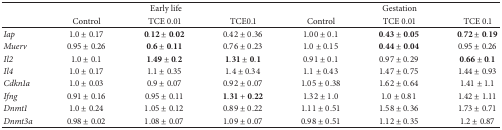
|  | <COLSPAN=3> Early life | <COLSPAN=3> Gestation |
 |  | Control | TCE 0.01 | TCE0.1 | Control | TCE 0.01 | TCE 0.1 |
 | --- | --- | --- | --- | --- | --- | --- |
 | Iap | 1.0 ± 0.17 | 0.12 ± 0.02 | 0.42 ± 0.36 | 1.00 ± 0.1 | 0.43 ± 0.05 | 0.72 ± 0.19 |
 | Muerv | 0.95 ± 0.26 | 0.6 ± 0.11 | 0.76 ± 0.23 | 1.0 ± 0.15 | 0.44 ± 0.04 | 0.95 ± 0.26 |
 | Il2 | 1.0 ± 0.1 | 1.49 ± 0.2 | 1.31 ± 0.1 | 0.91 ± 0.1 | 0.97 ± 0.29 | 0.66 ± 0.1 |
 | Il4 | 1.0 ± 0.17 | 1.1 ± 0.35 | 1.4 ± 0.34 | 1.1 ± 0.43 | 1.47 ± 0.75 | 1.44 ± 0.93 |
 | Cdkn1a | 1.0 ± 0.03 | 0.9 ± 0.07 | 0.92 ± 0.07 | 1.05 ± 0.38 | 1.62 ± 0.64 | 1.41 ± 1.1 |
 | Ifng | 0.91 ± 0.16 | 0.95 ± 0.11 | 1.31 + 0.22 | 1.32 ± 1.0 | 1.0 ± 0.81 | 1.42 ± 1.11 |
 | Dnmt1 | 1.0 ± 0.24 | 1.05 ± 0.12 | 0.89 ± 0.22 | 1.11 ± 0.51 | 1.58 ± 0.36 | 1.73 ± 0.71 |
 | Dnmt3a | 0.98 ± 0.02 | 1.08 ± 0.07 | 1.09 ± 0.07 | 0.98 ± 0.51 | 1.12 ± 0.35 | 1.2 ± 0.87 |